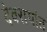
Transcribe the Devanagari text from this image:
देवरायांत